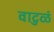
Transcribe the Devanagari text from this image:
वाटुळं